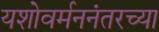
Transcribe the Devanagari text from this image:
यशोवर्मननंतरच्या